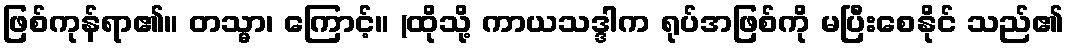
ဖြစ်ကုန်ရာ၏။ တသ္မာ၊ ကြောင့်။ (ထိုသို့ ကာယသဒ္ဒါက ရုပ်အဖြစ်ကို မပြီးစေနိုင် သည်၏